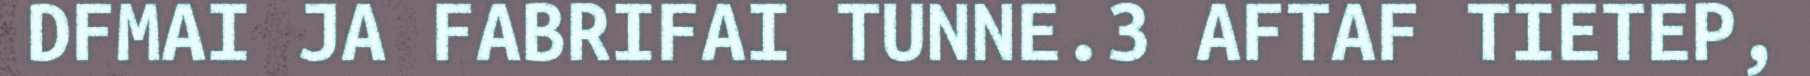
DFMAI JA FABRIFAI TUNNE.3 AFTAF TIETEP,